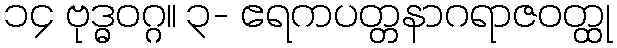
၁၄ ဗုဒ္ဓဝဂ္ဂ။ ၃- ဧရကပတ္တနာဂရာဇဝတ္ထု